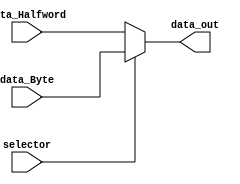
module mux_ByteHalfword(
    input  wire selector,
    input  wire [31:0] data_Halfword,
    input  wire [31:0] data_Byte,
    output wire [31:0] data_out
);

    assign data_out = (selector) ? data_Byte : data_Halfword;

endmodule